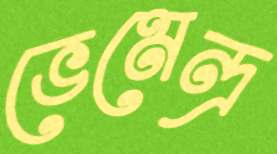
ভেমেন্দ্র